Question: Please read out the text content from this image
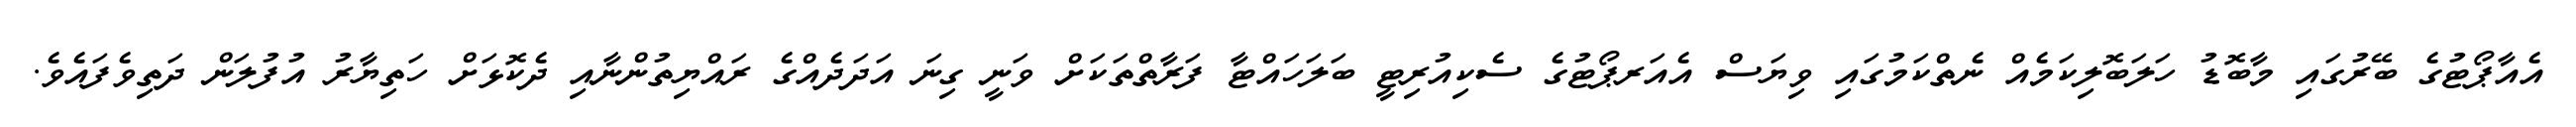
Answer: އެއާޕޯޓުގެ ބޭރުގައި މާބޮޑު ހަލަބޮލިކަމެއް ނެތްކަމުގައި ވިޔަސް އެއަރޕޯޓުގެ ސެކިއުރިޓީ ބަލަހައްޓާ ފަރާތްތަކަށް ވަނީ ގިނަ އަދަދެއްގެ ރައްޔިތުންނާއި ދެކޮޅަށް ހަތިޔާރު އުފުލަން ދަތިވެފައެވެ.